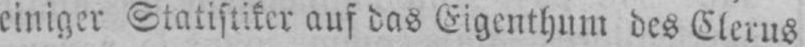
einiger Statistiker auf das Eigenthum des Clerus